Vaccine operations Central Provinces 1868-1885 - 1868-1885
Year: 1868
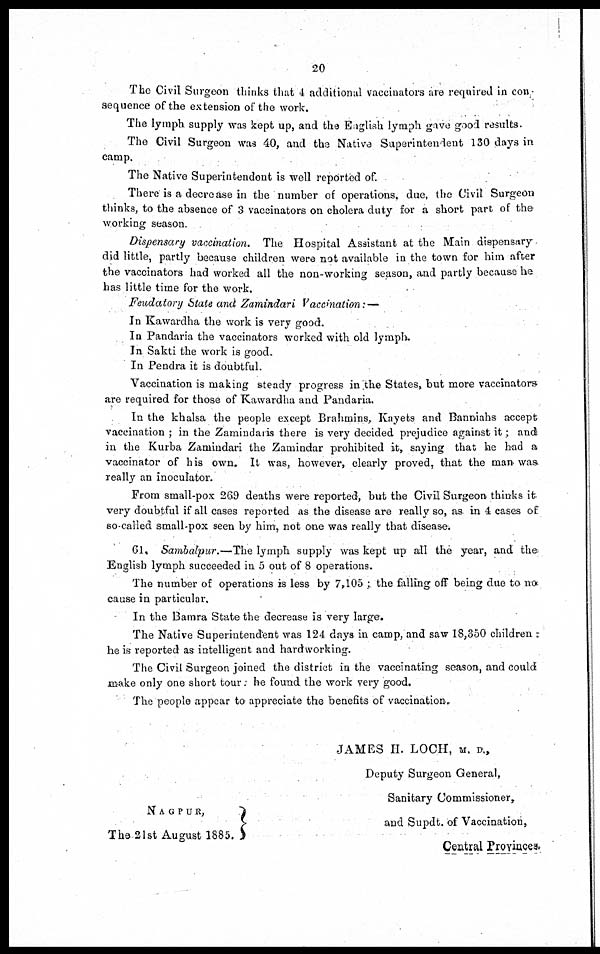
20
The Civil Surgeon thinks that 4 additional vaccinators are required in con-
sequence of the extension of the work.
The lymph supply was kept up, and the English lymph gave good results.
The Civil Surgeon was 40, and the Native Superintendent 130 days in
camp.
The Native Superintendent is well reported of.
There is a decrease in the number of operations. due, the Civil Surgeon
thinks, to the absence of 3 vaccinators on cholera duty for a short part of the
working season.
Dispensary vaccination. The Hospital Assistant at the Main dispensary
did little, partly because children were not available in the town for him after
the vaccinators had worked all the non-working season, and partly because he
has little time for the work.
Feudatory State and Zamindari Vaccination: —
In Kawardha the work is very good.
In Pandaria the vaccinators worked with old lymph.
In Sakti the work is good.
In Pendra it is doubtful.
Vaccination is making steady progress in the States, but more vaccinators
are required for those of Kawardha and Pandaria.
In the khalsa the people except Brahmins, Kayets and Banniahs accept
vaccination ; in the Zamindaris there is very decided prejudice against it; and
in the Kurba Zamindari the Zamindar prohibited it, saying that he had a
vaccinator of his own. It was, however, clearly proved, that the man was
really an inoculator.
From small-pox 269 deaths were reported, but the Civil Surgeon thinks it
very doubtful if all cases reported as the disease are really so, as in 4 cases of
so-called small-pox seen by him, not one was really that disease.
61. Sambalpur.—The lymph supply was kept up all the year, and the.
English lymph succeeded in 5 out of 8 operations.
The number of operations is less by 7,105 ; the falling off being due to no
cause in particular.
In the Bamra State the decrease is very large.
The Native Superintendent was 124 days in camp, and saw 18,350 children :
he is reported as intelligent and hardworking.
The Civil Surgeon joined the district in the vaccinating season, and could
make only one short tour: he found the work very good.
The people appear to appreciate the benefits of vaccination.
JAMES H. LOCH, M. D.,
Deputy Surgeon General,
Sanitary Commissioner,
NAGPUR,
The 21st August 1885.
and Supdt. of Vaccination,
Central Provinces.